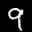
Label: 9